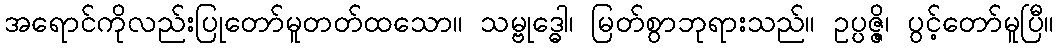
အရောင်ကိုလည်းပြုတော်မူတတ်ထသော။ သမ္ဗုဒ္ဓေါ၊ မြတ်စွာဘုရားသည်။ ဥပ္ပဇ္ဇိ၊ ပွင့်တော်မူပြီ။